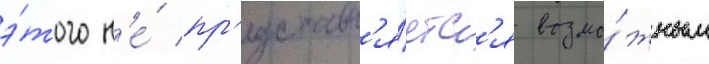
э́того н'е́ пр'едставл'я́етс'я возмо́жным